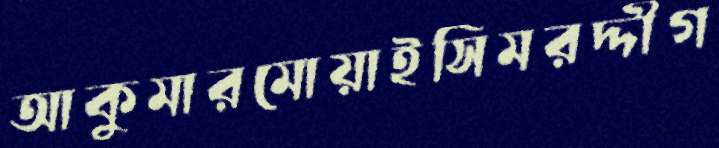
আকুমারমোয়াইসিমরদ্দীগ